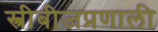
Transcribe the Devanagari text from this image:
स्त्रीबीजप्रणाली